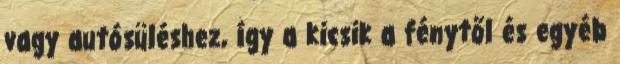
vagy autósüléshez, így a kicsik a fénytől és egyéb